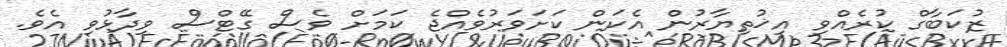
ޒުކަބާގް ކުރެއްވި އިޚުތިޔާރުން އެކަން ކަށަވަރުވެއްޖެ ކަމަށް ވެސް ގޭޓްސް ވިދާޅުވި އެވެ.